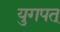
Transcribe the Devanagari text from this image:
युगपत्